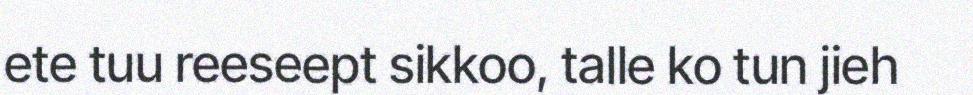
ete tuu reeseept sikkoo, talle ko tun jieh